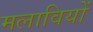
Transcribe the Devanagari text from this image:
मलावियों